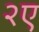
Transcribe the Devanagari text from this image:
२ए